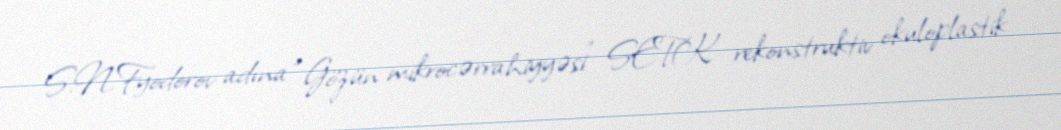
S.N.Fyodorov adına “Gözün mikrocərrahiyyəsi” SETK rekonstruktiv okuloplastik